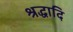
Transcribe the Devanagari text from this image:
श्रद्धादि